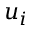
u _ { i }